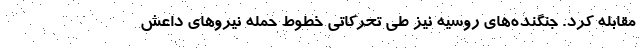
مقابله کرد. جنگنده‌های روسیه نیز طی تحرکاتی خطوط حمله نیروهای داعش